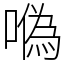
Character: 𠼮